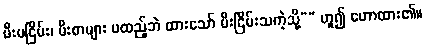
မီးမငြိမ်း၊ မီးစာများ မထည့်ဘဲ ထားသော် မီးငြိမ်းသကဲ့သို့”” ဟူ၍ ဟောထား၏။